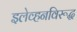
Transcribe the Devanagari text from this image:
इलेव्हनविरूद्ध